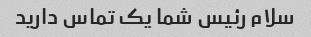
سلام رئیس شما یک تماس دارید